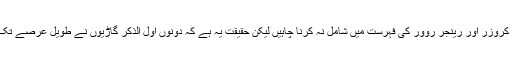
شاید بی ایم ڈبلیو X5 اور بینٹلے SUV کو آپ 4×4 لینڈ کروزر اور رینجر روور کی فہرست میں شامل نہ کرنا چاہیں لیکن حقیقت یہ ہے کہ دونوں اول الذکر گاڑیوں نے طویل عرصے تک پرتعیش SUV رکھنے والوں کے دلوں پر راج کیا ہے۔